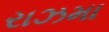
રાઝમા